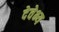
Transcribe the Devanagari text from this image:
देवेभ्य